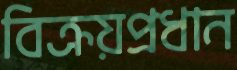
বিক্রয়প্রধান